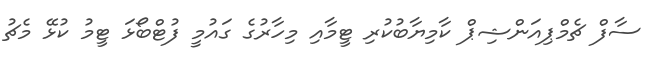
ސާފް ޗެމްޕިއަންޝިޕް ކާމިޔާބުކުރި ޓީމާއި މިހާރުގެ ގައުމީ ފުޓްބޯޅަ ޓީމު ކުޅޭ މެޗު